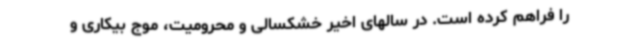
را فراهم کرده است. در سالهای اخیر خشکسالی و محرومیت، موج بیکاری و